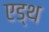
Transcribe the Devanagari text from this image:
एड्थ